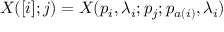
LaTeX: X ( [ i ] ; j ) = X ( p _ { i } , \lambda _ { i } ; p _ { j } ; p _ { a ( i ) } , \lambda _ { i } )